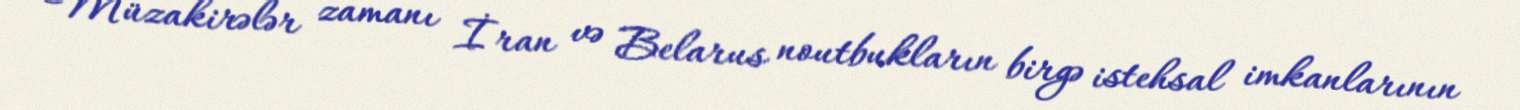
Müzakirələr zamanı İran və Belarus noutbukların birgə istehsal imkanlarının